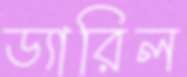
ড্যারিল